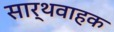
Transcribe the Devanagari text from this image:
सार्थवाहक